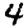
Digit: 4